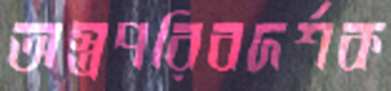
অস্ত্রপরিবদর্শক